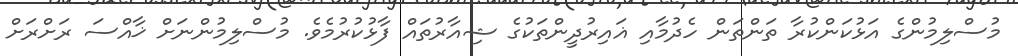
މުސްލިމުންގެ އަޅުކަންކުރާ ތަންތަން ހެދުމާއި ޣައިރުދީންތަކުގެ ޝިއާރުތައް ފާޅުކުރުމެވެ. މުސްލިމުންނަށް ޚާއްސަ ރަށްރަށް